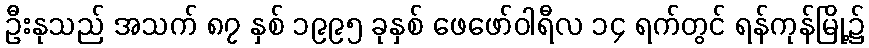
ဦးနုသည် အသက် ၈၇ နှစ် ၁၉၉၅ ခုနှစ် ဖေဖော်ဝါရီလ ၁၄ ရက်တွင် ရန်ကုန်မြို့၌